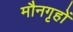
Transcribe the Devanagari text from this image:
मौनगृहों